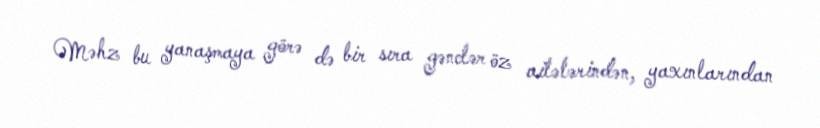
Məhz bu yanaşmaya görə də bir sıra gənclər öz ailələrindən, yaxınlarından